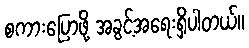
စကားပြောဖို့ အခွင့်အရေးရှိပါတယ်။